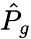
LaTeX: \hat{P}_{g}